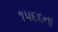
૧૫૬૬ના